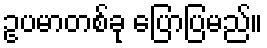
ဥပမာတစ်ခု ပြောပြမည်။